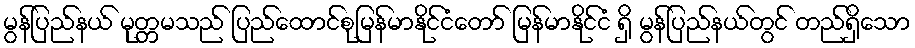
မွန်ပြည်နယ် မုတ္တမသည် ပြည်ထောင်စုမြန်မာနိုင်ငံတော် မြန်မာနိုင်ငံ ရှိ မွန်ပြည်နယ်တွင် တည်ရှိသော